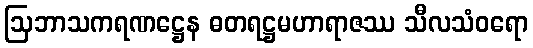
ဩဘာသကရဏဋ္ဌေန ဓတရဋ္ဌမဟာရာဇဿ သီလသံဝရော